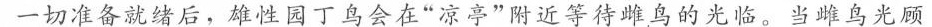
一切准备就绪后，雄性园丁鸟会在”凉亭”附近等待雌鸟的光临。当雌鸟光顾